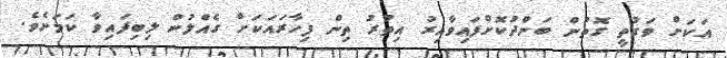
އަކަށް ވަގުތީ ގޮތުން ބަންދުކޮށްފައިވާއިރު އިތުރު ތިން ފިހާރައަކަށް ގެއްލުން ލިބިފައިވާ ކަމަށެވެ.